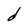
Character: d